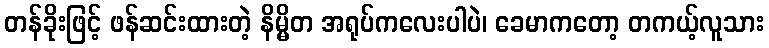
တန်ခိုးဖြင့် ဖန်ဆင်းထားတဲ့ နိမ္မိတ အရုပ်ကလေးပါပဲ၊ ခေမာကတော့ တကယ့်လူသား